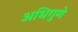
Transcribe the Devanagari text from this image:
अधिगुणे